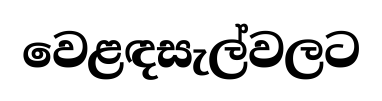
වෙළඳසැල්වලට